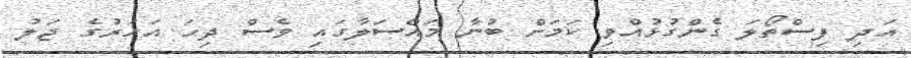
އަދި ފިސްތޯލަ ގެންގުޅުއްވި ކަމަށް ބުނާ މައްސަލާގައި ވެސް ދިހަ އަހަރުގެ ޖަލު